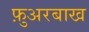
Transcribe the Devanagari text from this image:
फ़ुअरबाख